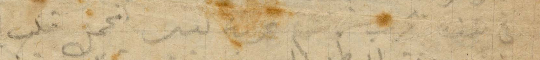
في هذه الحرب ثم عربة كبير يحمل قلب